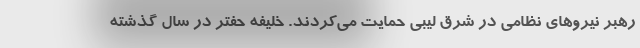
رهبر نیروهای نظامی در شرق لیبی حمایت می‌کردند. خلیفه حفتر در سال گذشته